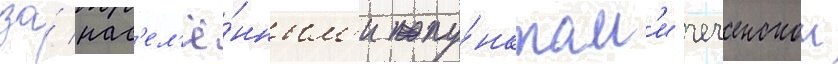
за́ нас'ел'ё́нным'и пу́нктам'и чеченскои